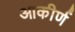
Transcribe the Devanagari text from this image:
आकीर्ण